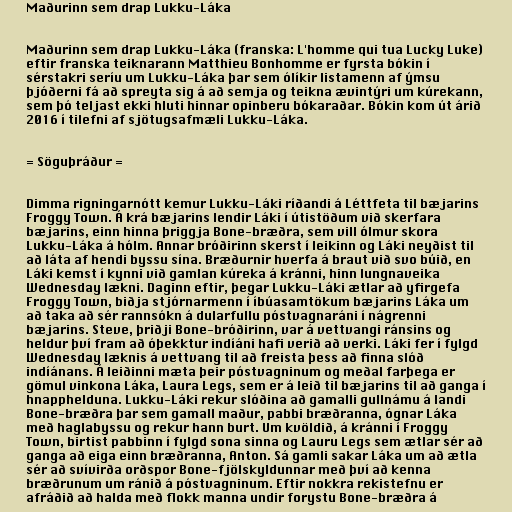
Maðurinn sem drap Lukku-Láka

Maðurinn sem drap Lukku-Láka (franska: L'homme qui tua Lucky Luke)
eftir franska teiknarann Matthieu Bonhomme er fyrsta bókin í
sérstakri seríu um Lukku-Láka þar sem ólíkir listamenn af ýmsu
þjóðerni fá að spreyta sig á að semja og teikna ævintýri um kúrekann,
sem þó teljast ekki hluti hinnar opinberu bókaraðar. Bókin kom út árið
2016 í tilefni af sjötugsafmæli Lukku-Láka.

= Söguþráður =

Dimma rigningarnótt kemur Lukku-Láki ríðandi á Léttfeta til bæjarins
Froggy Town. Á krá bæjarins lendir Láki í útistöðum við skerfara
bæjarins, einn hinna þriggja Bone-bræðra, sem vill ólmur skora
Lukku-Láka á hólm. Annar bróðirinn skerst í leikinn og Láki neyðist til
að láta af hendi byssu sína. Bræðurnir hverfa á braut við svo búið, en
Láki kemst í kynni við gamlan kúreka á kránni, hinn lungnaveika
Wednesday lækni. Daginn eftir, þegar Lukku-Láki ætlar að yfirgefa
Froggy Town, biðja stjórnarmenn í íbúasamtökum bæjarins Láka um
að taka að sér rannsókn á dularfullu póstvagnaráni í nágrenni
bæjarins. Steve, þriðji Bone-bróðirinn, var á vettvangi ránsins og
heldur því fram að óþekktur indíáni hafi verið að verki. Láki fer í fylgd
Wednesday læknis á vettvang til að freista þess að finna slóð
indíánans. Á leiðinni mæta þeir póstvagninum og meðal farþega er
gömul vinkona Láka, Laura Legs, sem er á leið til bæjarins til að ganga í
hnapphelduna. Lukku-Láki rekur slóðina að gamalli gullnámu á landi
Bone-bræðra þar sem gamall maður, pabbi bræðranna, ógnar Láka
með haglabyssu og rekur hann burt. Um kvöldið, á kránni í Froggy
Town, birtist pabbinn í fylgd sona sinna og Lauru Legs sem ætlar sér að
ganga að eiga einn bræðranna, Anton. Sá gamli sakar Láka um að ætla
sér að svívirða orðspor Bone-fjölskyldunnar með því að kenna
bræðrunum um ránið á póstvagninum. Eftir nokkra rekistefnu er
afráðið að halda með flokk manna undir forystu Bone-bræðra á